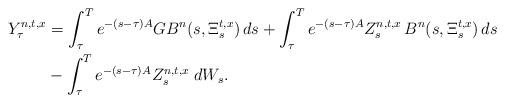
LaTeX: \begin{align*} Y_{\tau}^{n,t,x}&=\int_\tau^Te^{-(s-\tau){A}}G B^n(s,\Xi^{t,x}_s)\,ds+\int_\tau^Te^{-(s-\tau){A}} Z_s^{n,t,x}\, B^n(s,\Xi^{t,x}_s)\,ds\\&- \int_\tau^Te^{-(s-\tau){A}} Z^{n,t,x}_{s}\;d W_s.\end{align*}